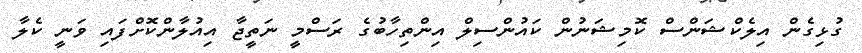
ގުޅިގެން އިލެކްޝަންސް ކޮމިޝަނުން ކައުންސިލް އިންތިހާބުގެ ރަސްމީ ނަތީޖާ އިއުލާންކޮށްފައި ވަނީ ކެލާ